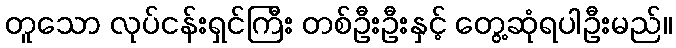
တူသော လုပ်ငန်းရှင်ကြီး တစ်ဦးဦးနှင့် တွေ့ဆုံရပါဦးမည်။